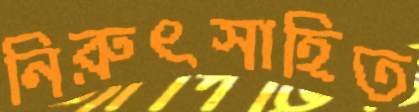
নিরুৎসাহিত